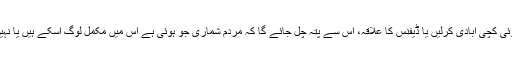
کوئی کچی آبادی کرلیں یا ڈیفنس کا علاقہ، اس سے پتہ چل جائے گا کہ مردم شماری جو ہوئی ہے اس میں مکمل لوگ آسکے ہیں یا نہیں۔